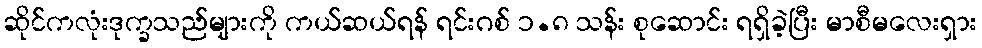
ဆိုင်ကလုံးဒုက္ခသည်များကို ကယ်ဆယ်ရန် ရင်းဂစ် ၁.၈ သန်း စုဆောင်း ရရှိခဲ့ပြီး မာစီမလေးရှား